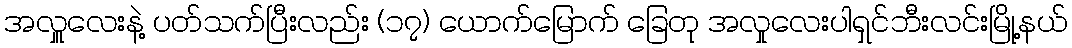
အလှူလေးနဲ့ ပတ်သက်ပြီးလည်း (၁၇) ယောက်မြောက် ခြေတု အလှုလေးပါရှင်ဘီးလင်းမြို့နယ်